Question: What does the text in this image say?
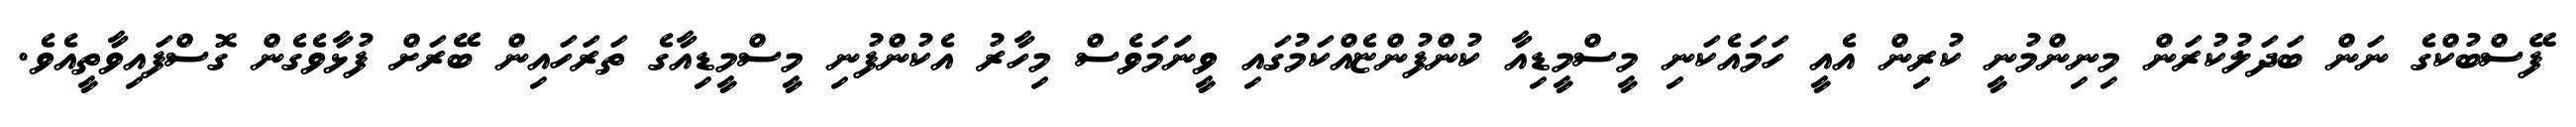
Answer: ފޭސްބުކްގެ ނަން ބަދަލުކުރަން މިނިންމުނީ ކުރިން އެއީ ހަމައެކަނި މީސްމީޑިއާ ކުންފުންޏެއްކަމުގައި ވީނަަމަވެސް މިހާރު އެކުންފުނި މީސްމީޑިއާގެ ތަރަހައިން ބޭރަށް ފުޅާވެގެން ގޮސްފައިވާތީއެވެ.